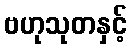
ဗဟုသုတနှင့်